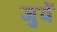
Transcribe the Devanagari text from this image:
जुवें